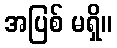
အပြစ် မရှိ။